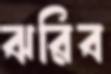
ঝরিব